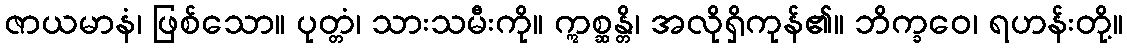
ဇာယမာနံ၊ ဖြစ်သော။ ပုတ္တံ၊ သားသမီးကို။ ဣစ္ဆန္တိ၊ အလိုရှိကုန်၏။ ဘိက္ခဝေ၊ ရဟန်းတို့။